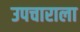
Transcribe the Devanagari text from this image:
उपचाराला